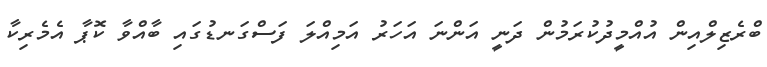
ބްރެޒިލްއިން އުއްމީދުކުރަމުން ދަނީ އަންނަ އަހަރު އަމިއްލަ ފަސްގަނޑުގައި ބާއްވާ ކޮޕާ އެމެރިކާ